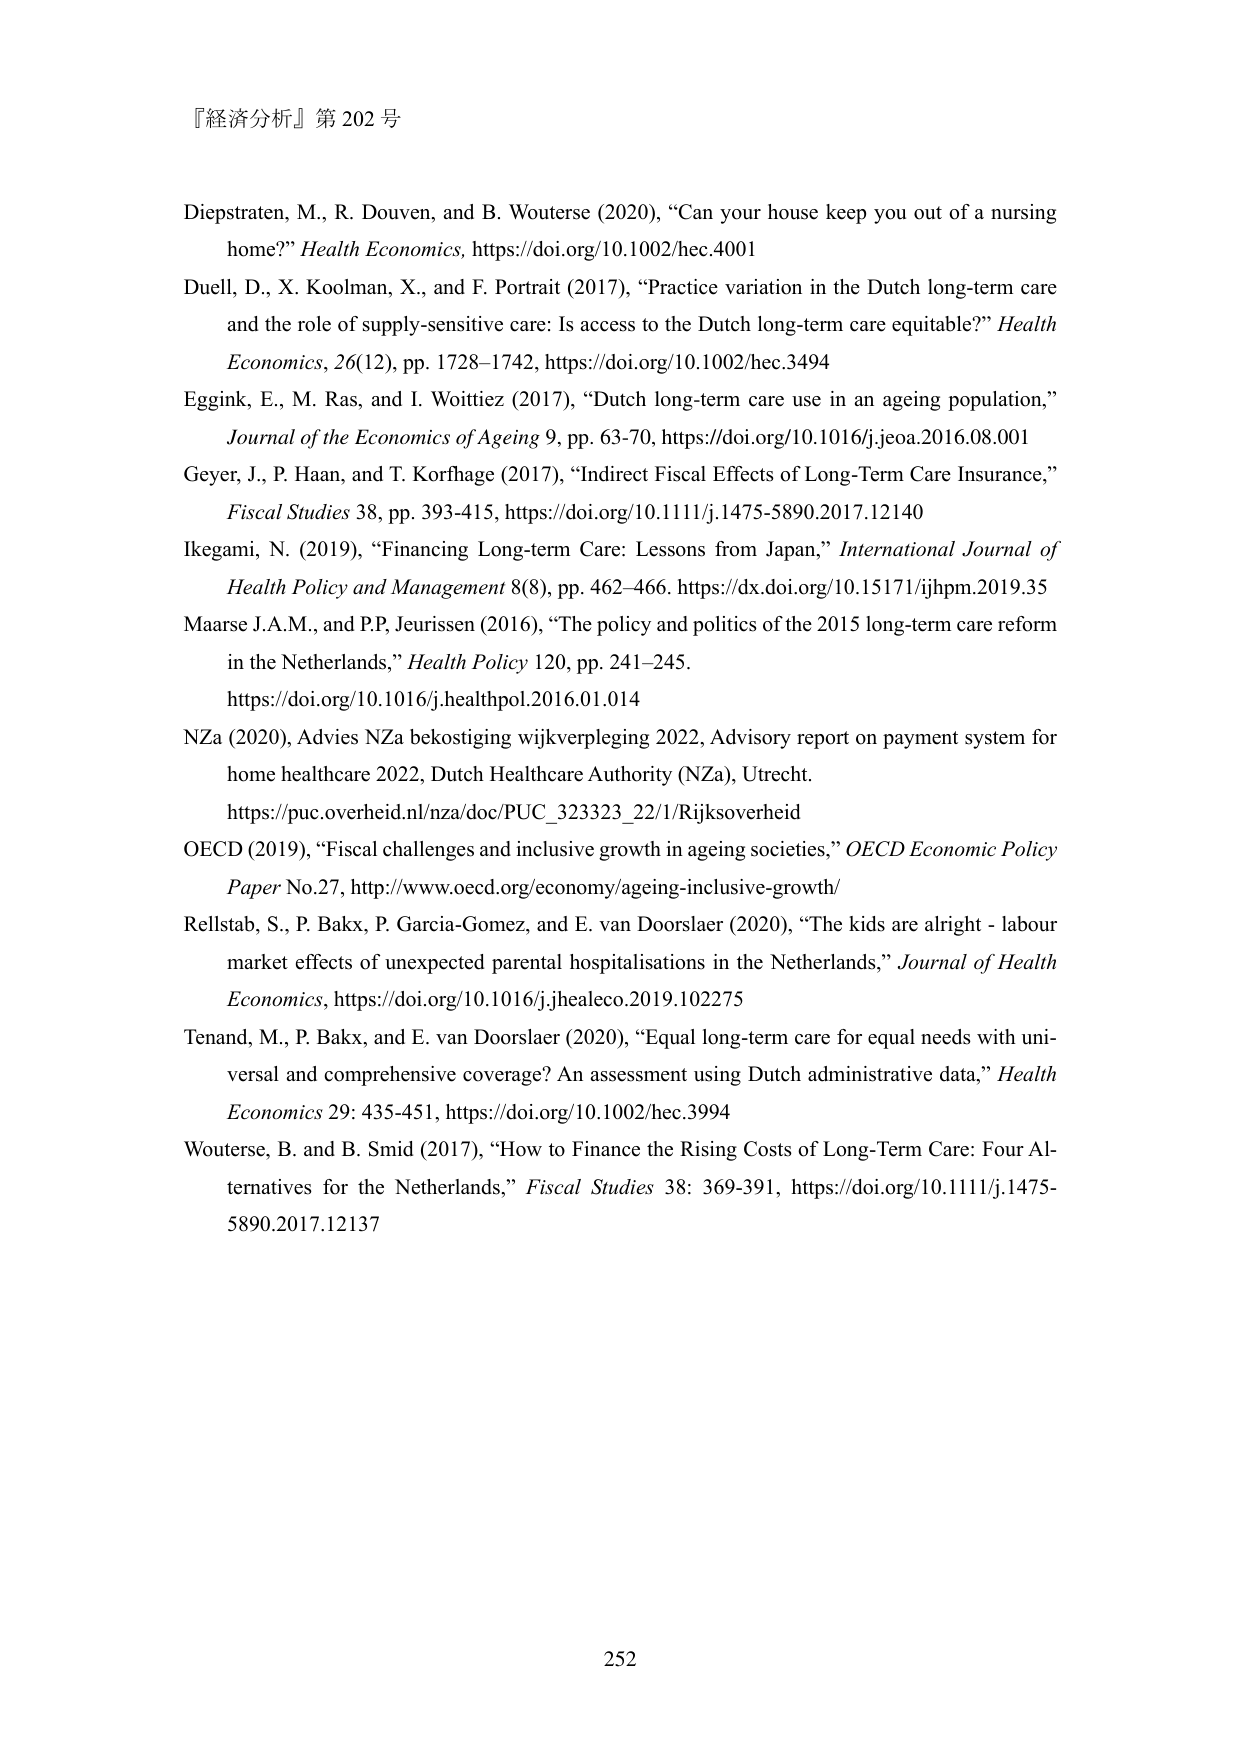
『経済分析』第202号

Diepstraten, M., R. Douven, and B. Wouterse (2020), “Can your house keep you out of a nursing home?” Health Economics, https://doi.org/10.1002/hec.4001

Duell, D., X. Koolman, X., and F. Portrait (2017), “Practice variation in the Dutch long-term care and the role of supply-sensitive care: Is access to the Dutch long-term care equitable?” Health Economics, 26(12), pp. 1728–1742, https://doi.org/10.1002/hec.3494

Eggink, E., M. Ras, and I. Woittiez (2017), “Dutch long-term care use in an ageing population,” Journal of the Economics of Ageing 9, pp. 63-70, https://doi.org/10.1016/j.jeoa.2016.08.001

Geyer, J., P. Haan, and T. Korfhage (2017), “Indirect Fiscal Effects of Long-Term Care Insurance,” Fiscal Studies 38, pp. 393-415, https://doi.org/10.1111/j.1475-5890.2017.12140

Ikegami, N. (2019), “Financing Long-term Care: Lessons from Japan,” International Journal of Health Policy and Management 8(8), pp. 462–466. https://dx.doi.org/10.15171/ijhpm.2019.35

Maarse J.A.M., and P.P. Jeurissen (2016), “The policy and politics of the 2015 long-term care reform in the Netherlands,” Health Policy 120, pp. 241–245. https://doi.org/10.1016/j.healthpol.2016.01.014

NZa (2020), Advies NZa bekostiging wijkverpleging 2022, Advisory report on payment system for home healthcare 2022, Dutch Healthcare Authority (NZa), Utrecht. https://puc.overheid.nl/nza/doc/PUC_323323_22/1/Rijksoverheid

OECD (2019), “Fiscal challenges and inclusive growth in ageing societies,” OECD Economic Policy Paper No.27, http://www.oecd.org/economy/ageing-inclusive-growth/

Rellstab, S., P. Bakx, P. Garcia-Gomez, and E. van Doorslaer (2020), “The kids are alright - labour market effects of unexpected parental hospitalisations in the Netherlands,” Journal of Health Economics, https://doi.org/10.1016/j.jhealeco.2019.102275

Tenand, M., P. Bakx, and E. van Doorslaer (2020), “Equal long-term care for equal needs with universal and comprehensive coverage? An assessment using Dutch administrative data,” Health Economics 29: 435-451, https://doi.org/10.1002/hec.3994

Wouterse, B. and B. Smid (2017), “How to Finance the Rising Costs of Long-Term Care: Four Alternatives for the Netherlands,” Fiscal Studies 38: 369-391, https://doi.org/10.1111/j.1475-5890.2017.12137

252